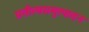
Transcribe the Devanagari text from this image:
प्रतीत्यसमुत्पादन